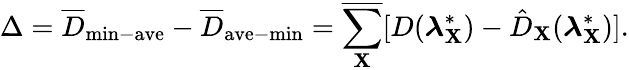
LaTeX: \Delta=\overline{{D}}_{\mathrm{min-ave}}-\overline{{D}}_{\mathrm{ave-min}}=\overline{{\sum_{\mathbf{X}}}}[D(\boldsymbol{\lambda}_{\mathbf{X}}^{*})-\hat{D}_{\mathbf{X}}(\boldsymbol{\lambda}_{\mathbf{X}}^{*})].